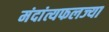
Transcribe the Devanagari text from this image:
मंदांत्यफलज्या